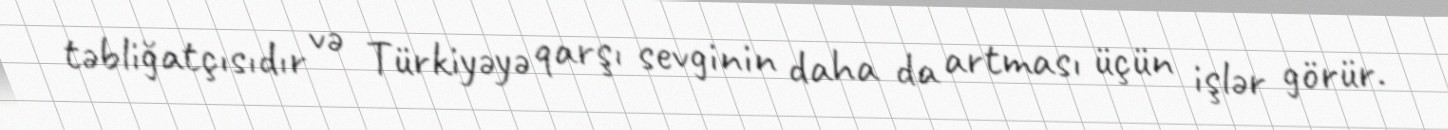
təbliğatçısıdır və Türkiyəyə qarşı sevginin daha da artması üçün işlər görür.